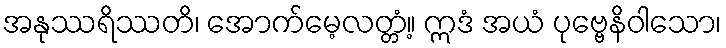
အနုဿရိဿတိ၊ အောက်မေ့လတ္တံ့။ ဣဒံ အယံ ပုဗ္ဗေနိဝါသော၊